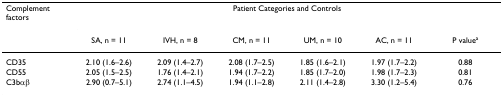
| Complement factors | <COLSPAN=6> Patient Categories and Controls |
 |  | SA, n = 11 | IVH, n = 8 | CM, n = 11 | UM, n = 10 | AC, n = 11 | P valuea |
 | --- | --- | --- | --- | --- | --- | --- |
 | CD35 | 2.10 (1.6–2.6) | 2.09 (1.4–2.7) | 2.08 (1.7–2.5) | 1.85 (1.6–2.1) | 1.97 (1.7–2.2) | 0.88 |
 | CD55 | 2.05 (1.5–2.5) | 1.76 (1.4–2.1) | 1.94 (1.7–2.2) | 1.85 (1.7–2.0) | 1.98 (1.7–2.3) | 0.81 |
 | C3bαβ | 2.90 (0.7–5.1) | 2.74 (1.1–4.5) | 1.94 (1.1–2.8) | 2.11 (1.4–2.8) | 3.30 (1.2–5.4) | 0.76 |